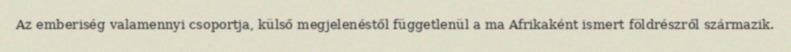
Az emberiség valamennyi csoportja, külső megjelenéstől függetlenül a ma Afrikaként ismert földrészről származik.